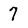
Character: 7